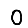
Digit: 0